Annual report of the Bengal Veterinary College and of the Civil Veterinary Department, Bengal, for the year 1908-1909 - 1908-1909
Year: 1908
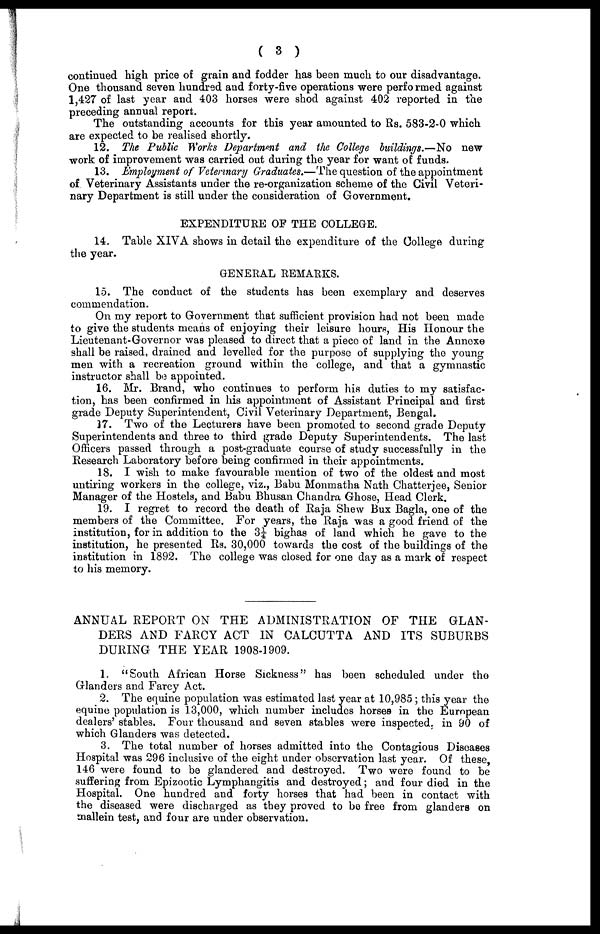
( 3 )
continued high price of grain and fodder has been much to our disadvantage.
One thousand seven hundred and forty-five operations were performed against
1,427 of last year and 403 horses were shod against 402 reported in the
preceding annual report.
The outstanding accounts for this year amounted to Rs. 583-2-0 which
are expected to be realised shortly.
12. The Public Works Department and the College buildings.—No new
work of improvement was carried out during the year for want of funds.
13. Employment of Veterinary Graduates.—The question of the appointment
of Veterinary Assistants under the re-organization scheme of the Civil Veteri-
nary Department is still under the consideration of Government.
EXPENDITURE OF THE COLLEGE.
14. Table XIVA shows in detail the expenditure of the College during
the year.
GENERAL REMARKS.
15. The conduct of the students has been exemplary and deserves
commendation.
On my report to Government that sufficient provision had not been made
to give the students means of enjoying their leisure hours, His Honour the
Lieutenant-Governor was pleased to direct that a piece of land in the Annexe
shall be raised, drained and levelled for the purpose of supplying the young
men with a recreation ground within the college, and that a gymnastic
instructor shall be appointed.
16. Mr. Brand, who continues to perform his duties to my satisfac-
tion, has been confirmed in his appointment of Assistant Principal and first
grade Deputy Superintendent, Civil Veterinary Department, Bengal.
37. Two of the Lecturers have been promoted to second grade Deputy
Superintendents and three to third grade Deputy Superintendents. The last
Officers passed through a post-graduate course of study successfully in the
Research Laboratory before being confirmed in their appointments.
18. I wish to make favourable mention of two of the oldest and most
untiring workers in the college, viz., Babu Monmatha Nath Chatterjee, Senior
Manager of the Hostels, and Babu Bhusan Chandra Ghose, Head Clerk.
19. I regret to record the death of Raja Shew Bux Bagla, one of the
members of the Committee. For years, the Raja was a good friend of the
institution, for in addition to the 3¼ bighas of land which he gave to the
institution, he presented Rs. 30,000 towards the cost of the buildings of the
institution in 1892. The college was closed for one day as a mark of respect
to his memory.
ANNUAL REPORT ON THE ADMINISTRATION OF THE GLAN-
DERS AND FARCY ACT IN CALCUTTA AND ITS SUBURBS
DURING THE YEAR 1908-1909.
1. "South African Horse Sickness" has been scheduled under the
Glanders and Farcy Act.
2. The equine population was estimated last year at 10,985; this year the
equine population is 13,000, which number includes horses in the European
dealers' stables. Four thousand and seven stables were inspected, in 90 of
which Glanders was detected.
3. The total number of horses admitted into the Contagious Diseases
Hospital was 296 inclusive of the eight under observation last year. Of these,
146 were found to be glandered and destroyed. Two were found to be
suffering from Epizootic Lymphangitis and destroyed; and four died in the
Hospital. One hundred and forty horses that had been in contact with
the diseased were discharged as they proved to be free from glanders on
mallein test, and four are under observation.